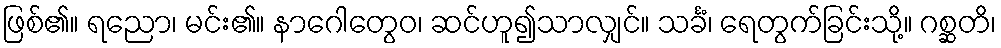
ဖြစ်၏။ ရညော၊ မင်း၏။ နာဂေါတွေဝ၊ ဆင်ဟူ၍သာလျှင်။ သင်္ခံ၊ ရေတွက်ခြင်းသို့။ ဂစ္ဆတိ၊